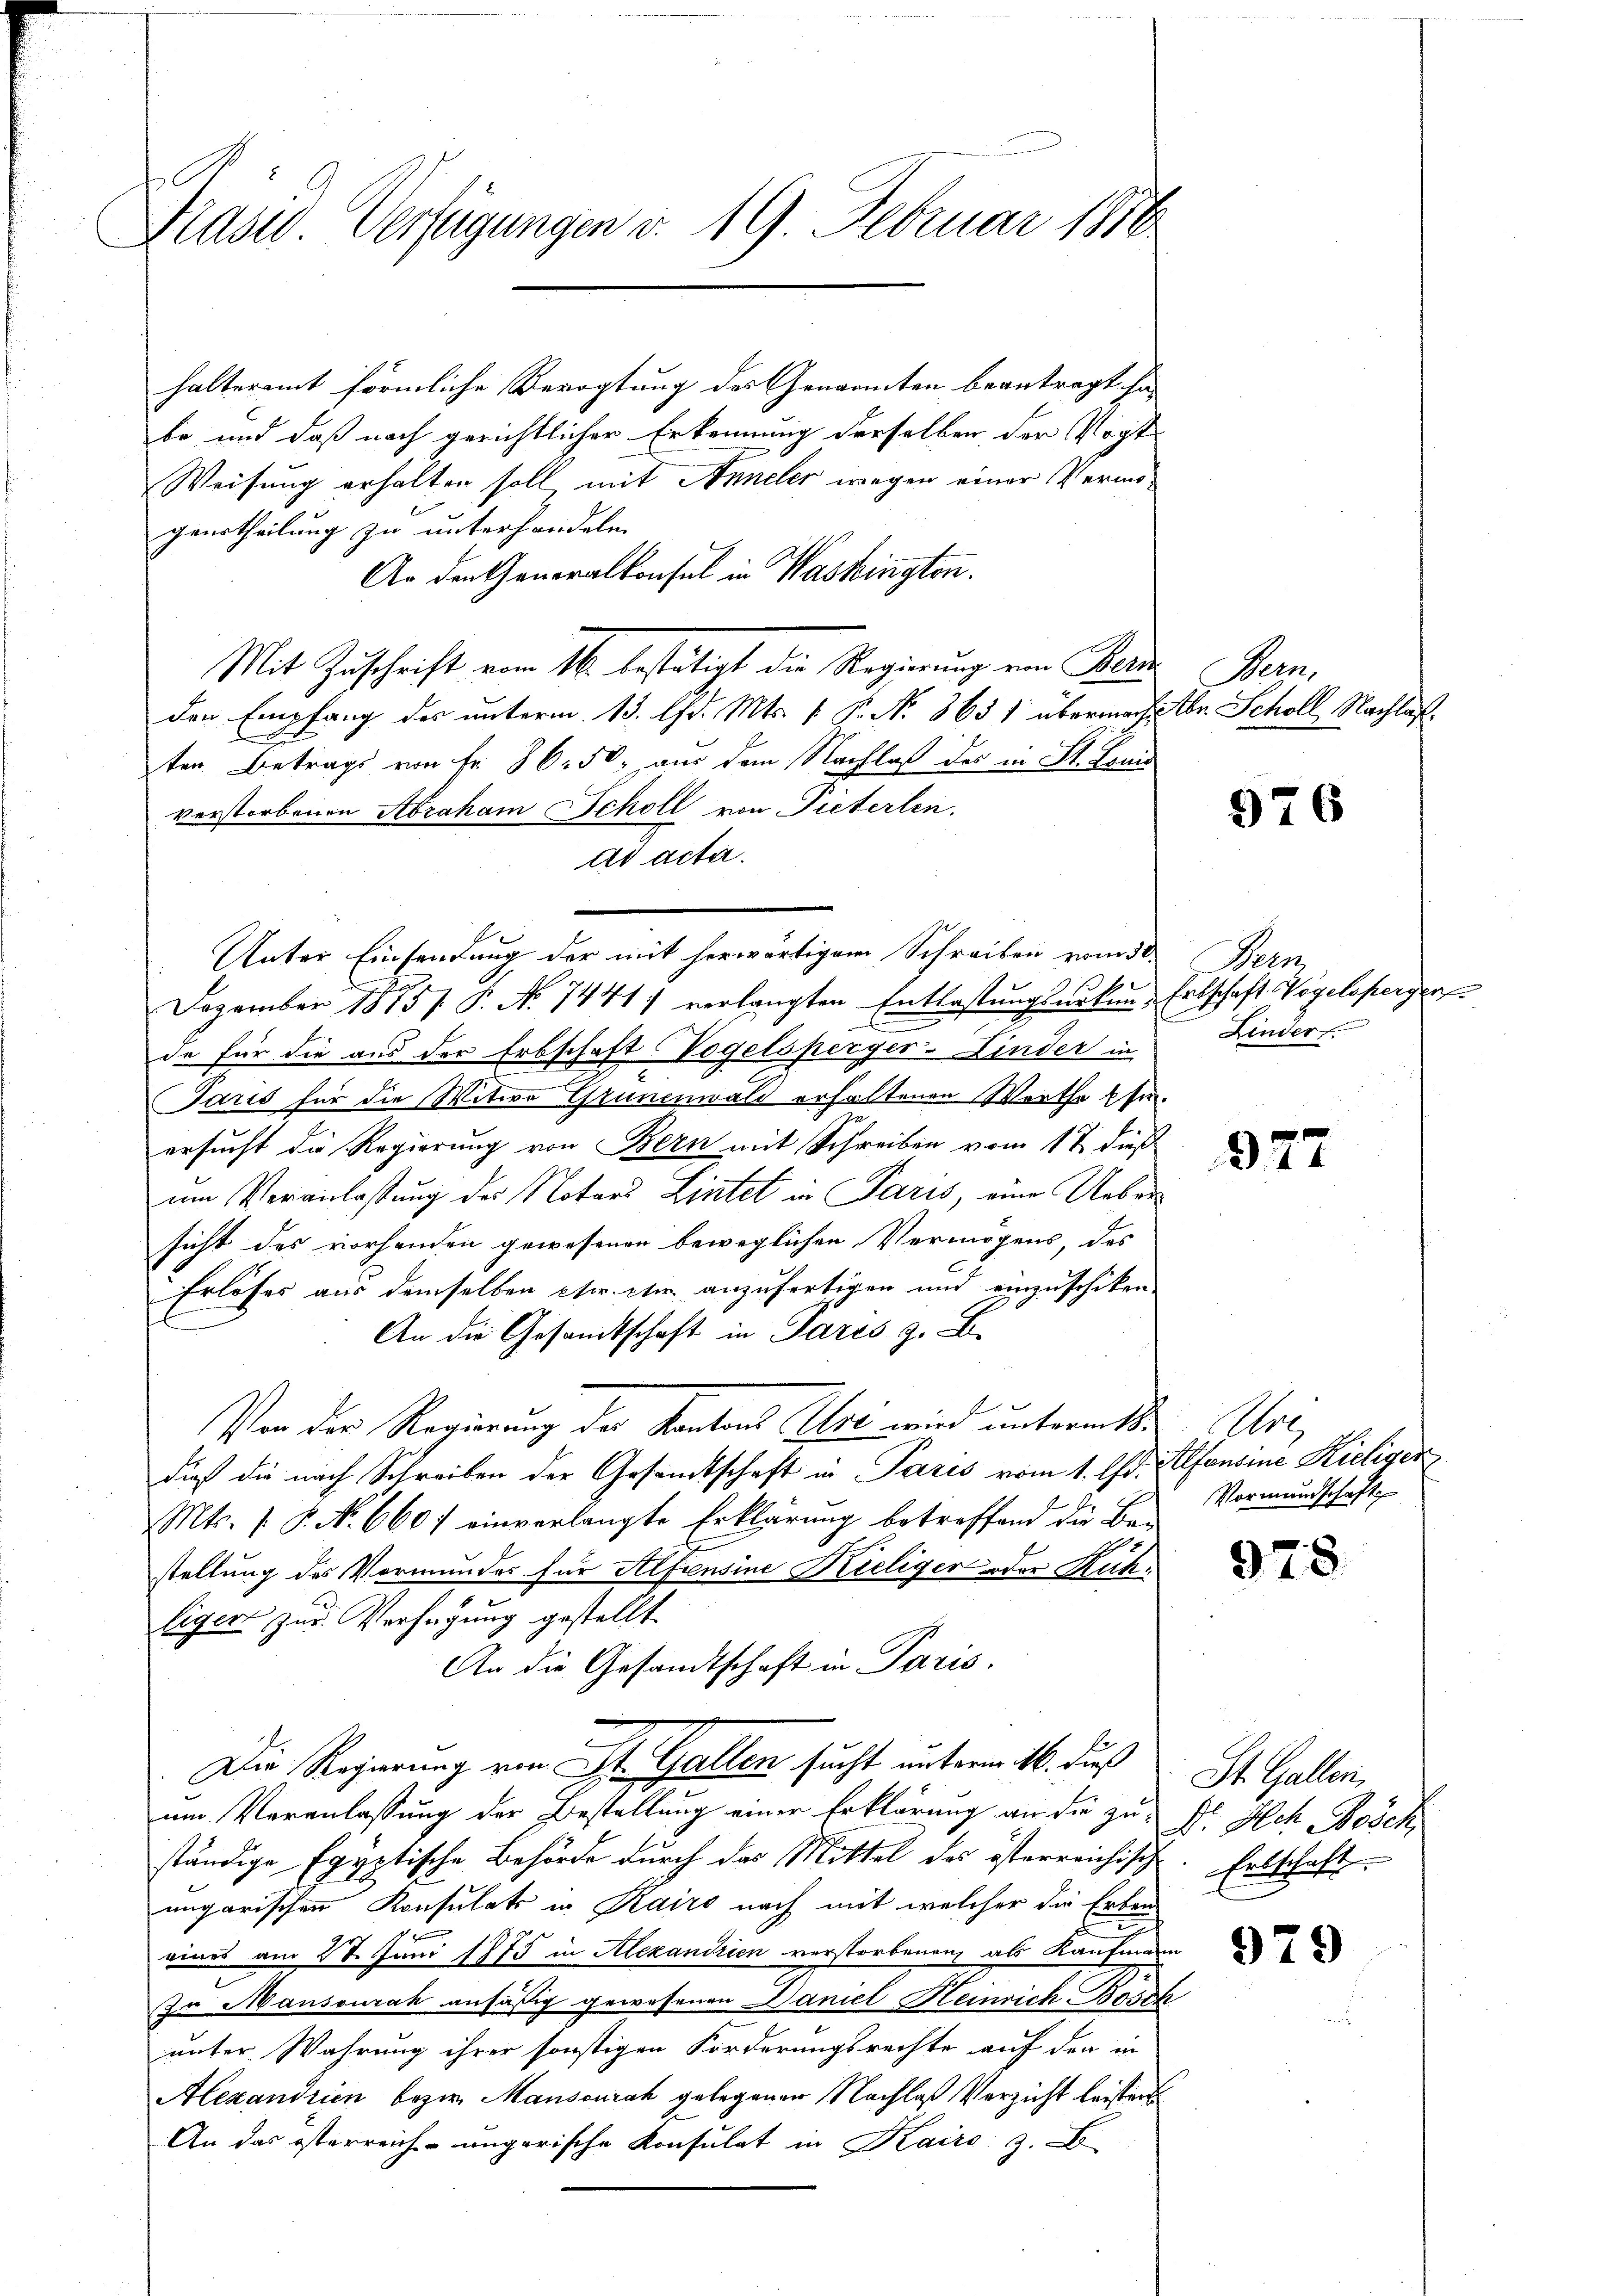
.
Kaser Verfügungen v. 19. Februar 1856

halteramt förmliche Bevogtung des Genannten beantragt ha
be, und daß nach gerichtlicher Erkennung derselben der Vogt
Weisung erhalten soll mit Anneler wegen einer Vermögeurtheilung zu unterhandeln.
An den Generalkonsul in Washingten.
Mit Zuschrift vom 16. bestätigt die Regierung von Beide
den Empfang des unterm 13. Chr. Mts. f. P. No. 865 1 übermacht Xbr. Schöll, Nachlaß.
ten. Betrags von Fr. 86. 50. aus dem Nachlaß des in St. Louis
verstorbenen Abraham Scholl von Pieterlen.
ad acta.
Unter Einsendung der mit herwärtigem Schreiben vom 3ten Bern,
s
Dezember 1875 / P. No 7441) verlangten Entlastungsurkun Erbschaft Vogelsperger
de für die aus der Erbschaft Vogelsperger-Kinder in
x
Paris für die Witwe Grünenwald erhaltenen Werthe usin¬
89
ersucht die Regierung von Bern mit Schreiben vom 17. dieß
um Veranlassung des Notars Listet in Paris, eine Uebersicht des vorhanden gewesenen beweglichen Vermögens, des
Erlöses aus demselben etc. eher anzufertigen und einzuschiken
An die Gesandtschaft in Pares z. B.
Von der Regierung der Kantons Uri wird untermitdieß die nach Schreiben der Gesandtschaft in Paris vom 1. Chr. Alfonsine Kieliger
Mts. 1. P. No 6607 einverlangte Erklärung betreffend die Be-
stellung des Vormundes für Alfiensine Kieliger oder Kühliger zur Verfügung gestellt.
An die Gesandtschaft in Paris.
Die Regierung von St. Gallen sucht unterm 16. Fuß
um Veranlassung der Bestellung einer Erklärung an die zuständige Egyptische Behörde durch das Mittel des österreichisch
ungarischen Konsulats in Kairo nach mit welcher die Erben
eines am 28. Juni 1875 in Alexandrien verstorbenen, als Kaufmann
Zu Mansourak ansäßig gewesenen Daniel Heinrich Bosck
unter Wahrung ihrer sonstigen Forderungsrechte auf den in
Alexandrien bezw. Manscurak gelegenen Nachlaß Verzicht leisten
An das österreich-ungarische Konsulat in Kairo z.

Seon

l

976

Linder.

377

An
Vormundschaft

978

St. Gallen,
Dr. Ach Besch
Ertschaft

979